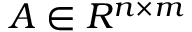
A \in R ^ { n \times m }